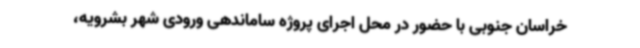
خراسان جنوبی با حضور در محل اجرای پروژه ساماندهی ورودی شهر بشرویه،